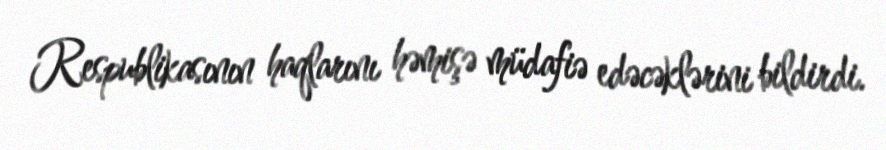
Respublikasının haqlarını həmişə müdafiə edəcəklərini bildirdi.